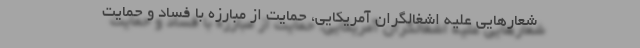
شعارهایی علیه اشغالگران آمریکایی، حمایت از مبارزه با فساد و حمایت